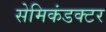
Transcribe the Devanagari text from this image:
सेमिकंडक्‍टर